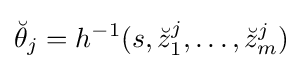
{\breve {\theta }}_{j}=h^{-1}(s,{\breve {z}}_{1}^{j},\ldots ,{\breve {z}}_{m}^{j})